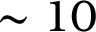
\sim 1 0